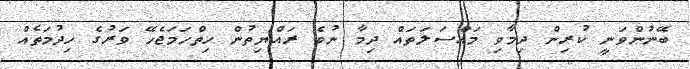
ބޭނުންވަނީ ކުރިން ދިމާވި މައްސަަލަތައް ދިމާ ނުވެ ރައްޔިތުން ހިތްހަމަޖެހޭ ވަރުގެ ހިދުމަތެއް